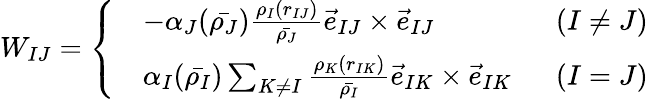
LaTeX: W_{IJ}=\left\{ \begin{array}{rlr}&{-\alpha_{J}(\bar{\rho_{J}})\frac{\rho_{I}(r_{IJ})}{\bar{\rho_{J}}}\vec{e}_{IJ}\times\vec{e}_{IJ}}&{\; \; (I\ne J)}\\ &{\alpha_{I}(\bar{\rho_{I}})\sum_{K\ne I}\frac{\rho_{K}(r_{IK})}{\bar{\rho_{I}}}\vec{e}_{IK}\times\vec{e}_{IK}}&{\; \; (I=J)}\end{array}\right.